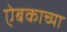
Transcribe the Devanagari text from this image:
ऐबकाच्या